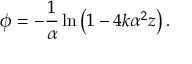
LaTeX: \phi = - \frac { 1 } { \alpha } \ln \left( 1 - 4 k \alpha ^ { 2 } z \right) .